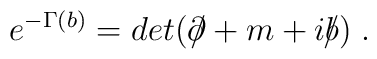
e^{-\Gamma (b)}=det(\partial \!\!\!/+m+ib\!\!\!/)\;.